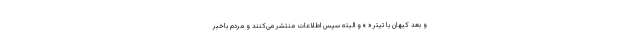
و بعد کیهان با تیتر « » و البته سپس اطلاعات منتشر می‌کنند و مردم باخبر